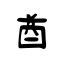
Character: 酋